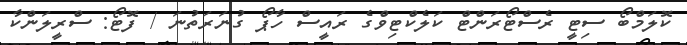
ކޮލަމްބޯ ސިޓީ ރެސްޓޯރަންޓް ކަލެކްޓިވްގެ ރައީސް ހާޕޯ ގުނަރަތުނަ / ފޮޓޯ: ސްރީލަންކާ